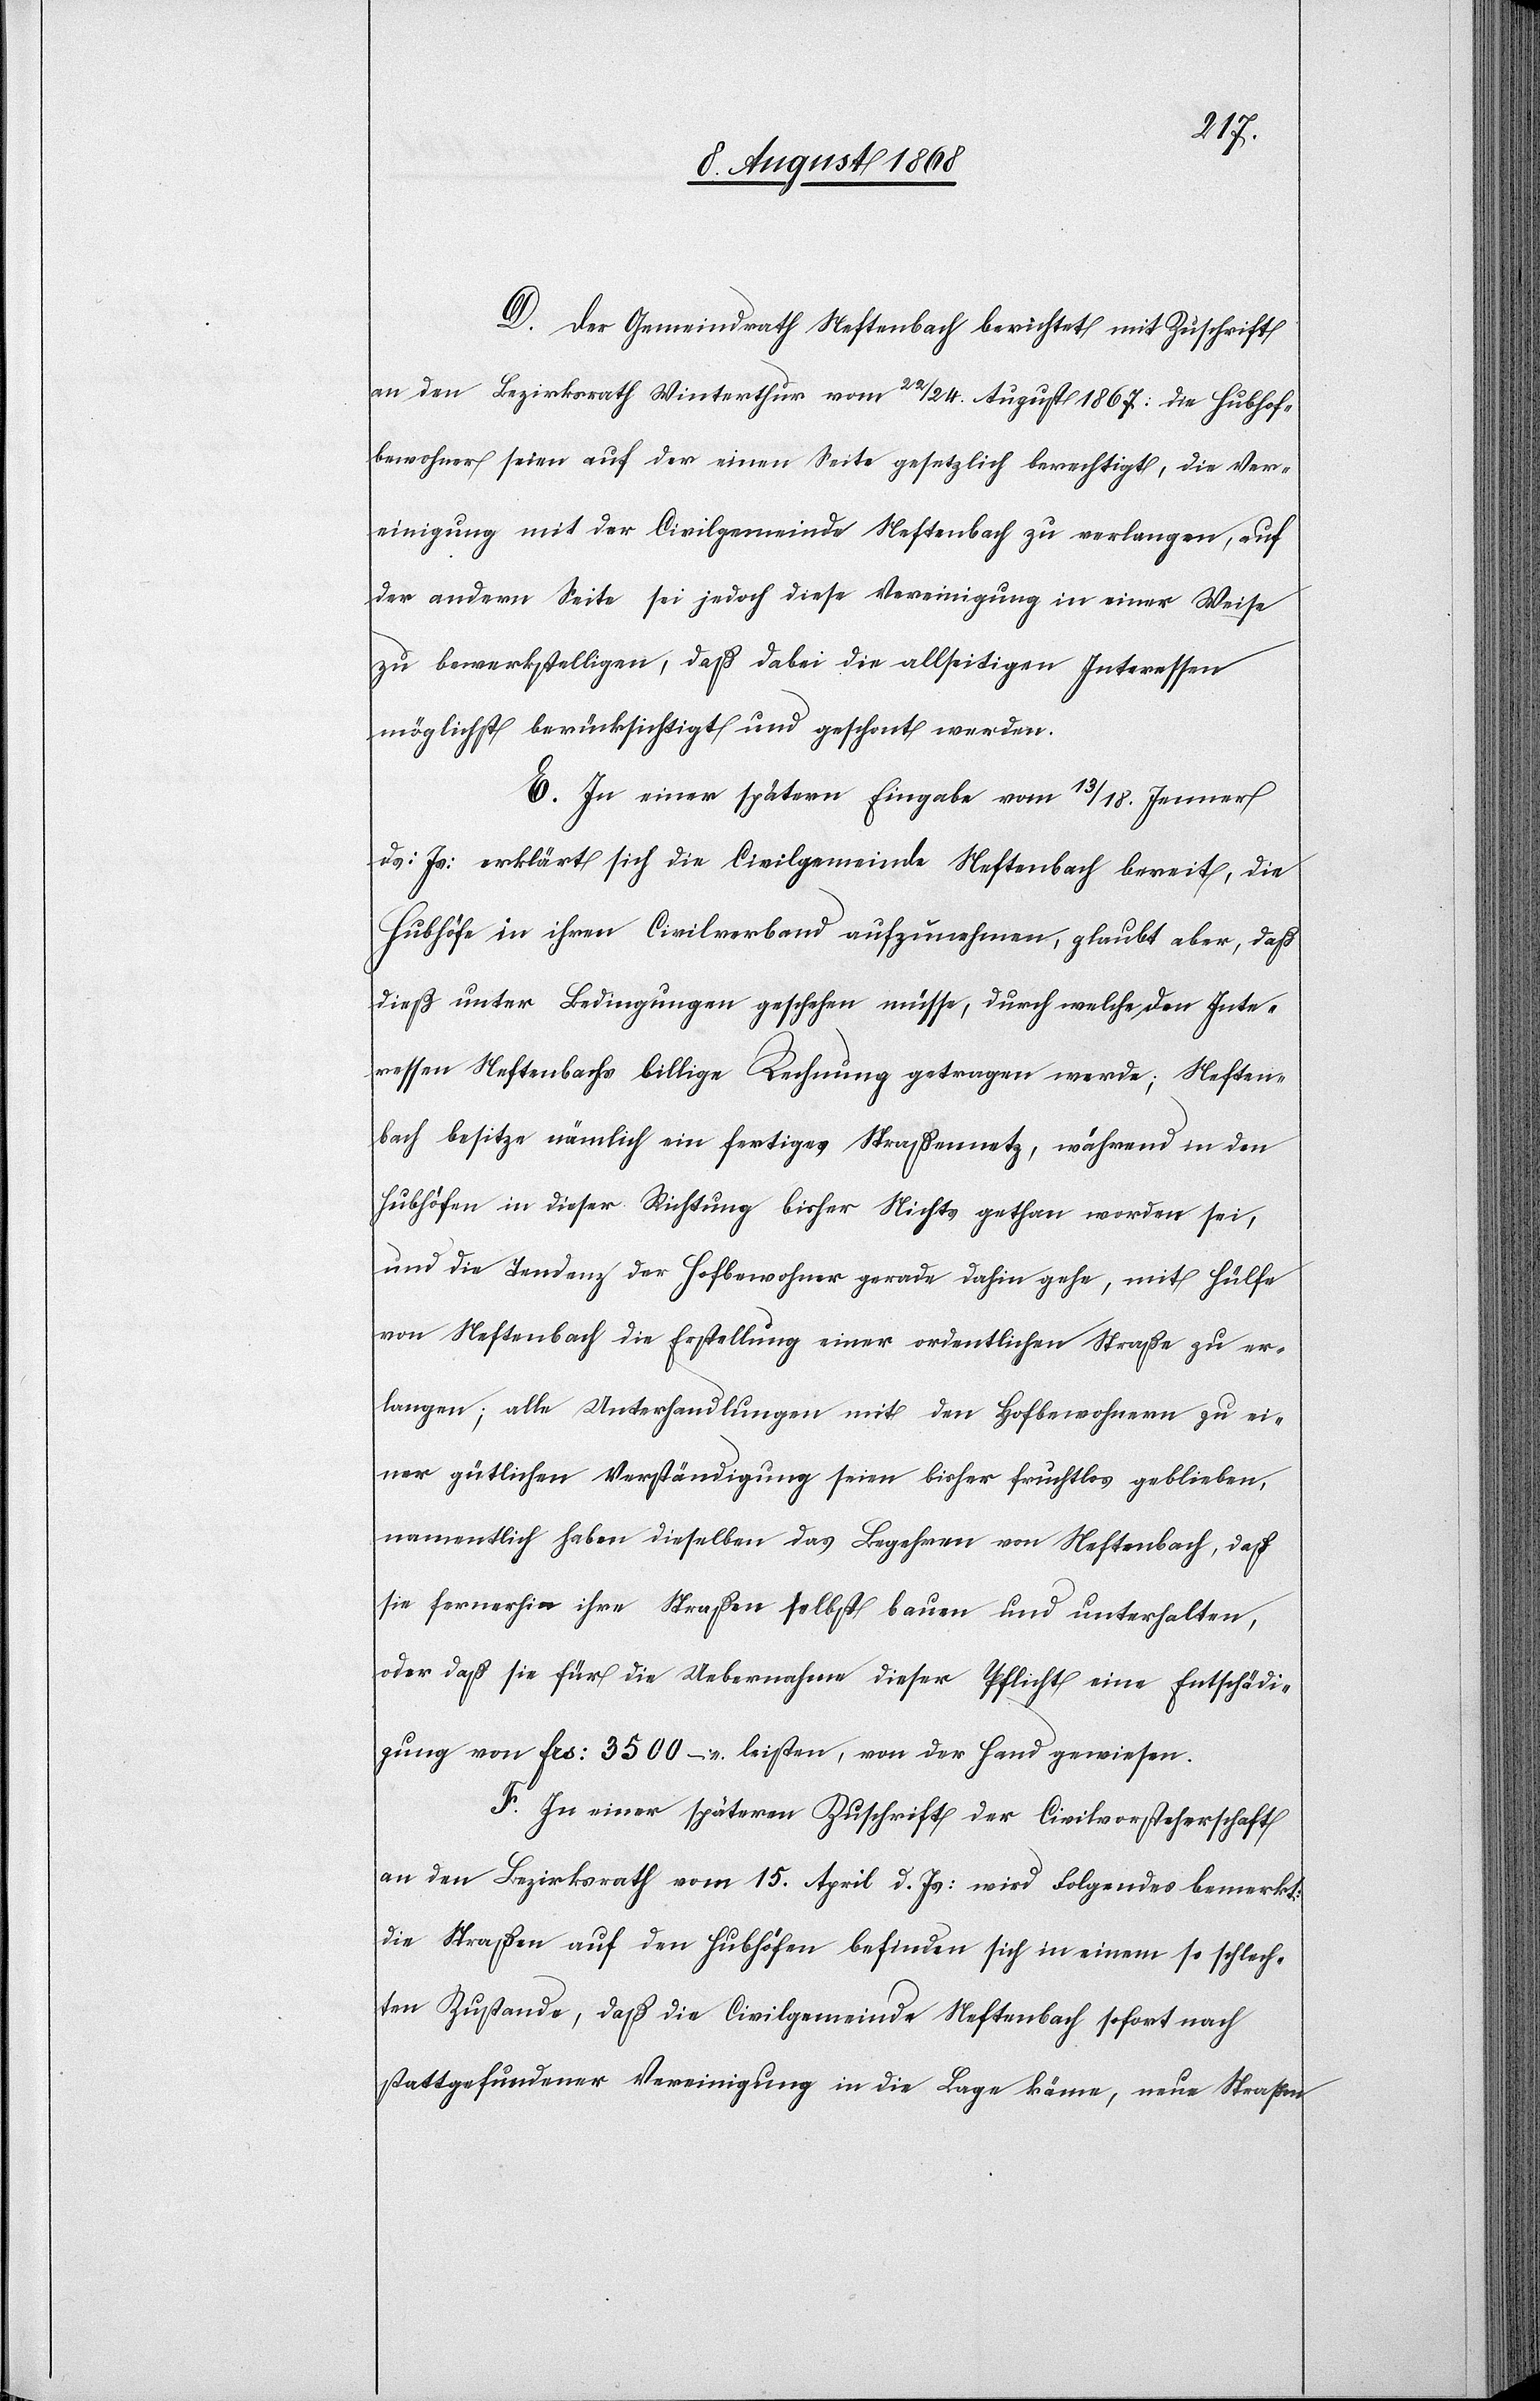
D. Der Gemeindrath Neftenbach berichtet mit Zuschrift
an den Bezirksrath Winterthur vom 22/24. August 1867. die Hubhof¬
bewohner seien auf der einen Seite gesetzlich berechtigt, die Ver¬
einigung mit der Civilgemeinde Neftenbach zu verlangen, auf
der andern Seite sei jedoch diese Vereinigung in einer Weise
zu bewerkstelligen, daß dabei die allseitigen Interessen
möglichst berücksichtigt und geschont werden.
E. In einer spätern Eingabe vom 13/18. Jenner
ds: Js: erklärt sich die Civilgemeinde Neftenbach bereit, die
Hubhöfe in ihren Civilverband aufzunehmen, glaubt aber, daß
dieß unter Bedingungen geschehen müsse, durch welche den Inte¬
ressen Neftenbachs billige Rechnung getragen werde; Neften¬
bach besitze nämlich ein fertiges Straßennetz, während in den
Hubhöfen in dieser Richtung bisher Nichts gethan worden sei,
und die Tendenz der Hofbewohner gerade dahin gehe, mit Hülfe
von Neftenbach die Erstellung einer ordentlichen Straße zu er¬
langen; alle Unterhandlungen mit den Hofbewohnern zu ei¬
ner gütlichen Verständigung seien bisher fruchtlos geblieben,
namentlich haben dieselben das Begehren von Neftenbach, daß
sie fernerhin ihre Straßen selbst bauen und unterhalten,
oder daß sie für die Uebernahme dieser Pflicht eine Entschädi¬
gung von Frs: 3500 – leisten, von der Hand gewiesen.
F. In einer späteren Zuschrift der Civilvorsteherschaft
an den Bezirksrath vom 15. April d. Js: wird Folgendes bemerkt:
Die Straßen auf den Hubhöfen befinden sich in einem so schlech¬
ten Zustande, daß die Civilgemeinde Neftenbach sofort nach
stattgefundener Vereinigung in die Lage käme, neue Straßen